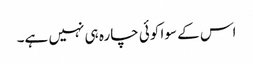
اس کے سوا کوئی چارہ ہی نہیں ہے۔